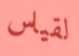
لقياس